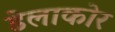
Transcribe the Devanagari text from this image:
डेलाकोर